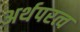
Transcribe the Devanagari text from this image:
अर्थपरत्व